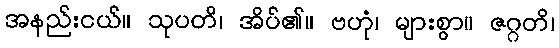
အနည်းငယ်။ သုပတိ၊ အိပ်၏။ ဗဟုံ၊ များစွာ။ ဇဂ္ဂတိ၊